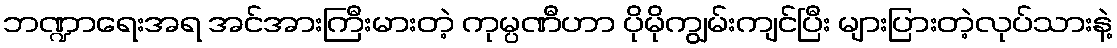
ဘဏ္ဍာရေးအရ အင်အားကြီးမားတဲ့ ကုမ္ပဏီဟာ ပိုမိုကျွမ်းကျင်ပြီး များပြားတဲ့လုပ်သားနဲ့